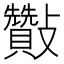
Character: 𣀶